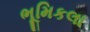
ભૂમિકલા